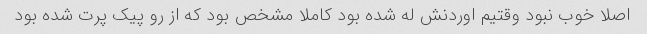
اصلا خوب نبود وقتیم اوردنش له شده بود کاملا مشخص بود که از رو پیک پرت شده بود